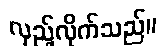
လှည့်လိုက်သည်။